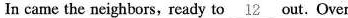
In came the neighbors, ready to \underline{l2} out. Over